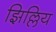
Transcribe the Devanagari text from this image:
झिल्लिय